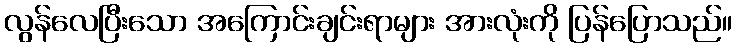
လွန်လေပြီးသော အကြောင်းချင်းရာများ အားလုံးကို ပြန်ပြောသည်။